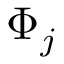
\boldsymbol { \Phi } _ { j }